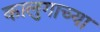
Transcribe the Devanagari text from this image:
कालुगाच्या